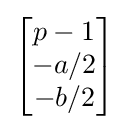
{\begin{bmatrix}p-1\\-a/2\\-b/2\end{bmatrix}}